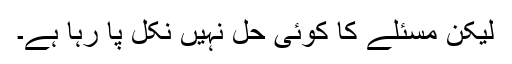
لیکن مسئلے کا کوئی حل نہیں نکل پا رہا ہے۔